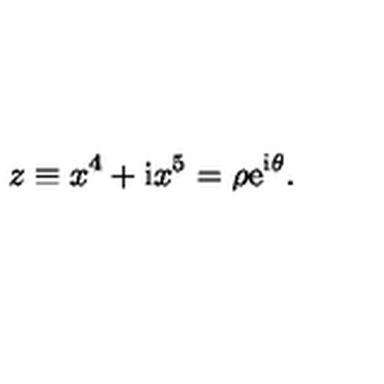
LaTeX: z \equiv x ^ { 4 } + \mathrm { i } x ^ { 5 } = \rho \mathrm { e } ^ { \mathrm { i } \theta } .